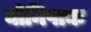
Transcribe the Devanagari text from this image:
योनिपाक